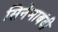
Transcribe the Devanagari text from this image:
सिनेमाबंदी